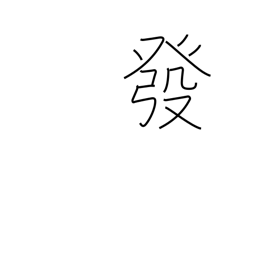
Meaning: publish